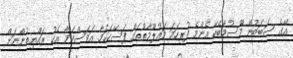
އޭގެ ސަބަބުން މޫސުމާބެހޭ އެންމެ ފުރިހަމަ މައުލޫމާތުތައް ފަސޭހަކަމާ އަވަސްކަމާ އެކު ރައްޔިތުންނަށް